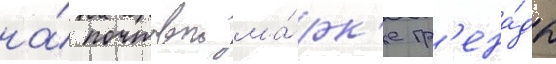
на́ почтовои ма́рк'е гр'ена́ды